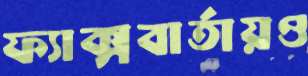
ফ্যাক্সবার্তায়ও